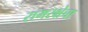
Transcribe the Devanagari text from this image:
रामरक्षेचा